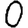
Digit: 0